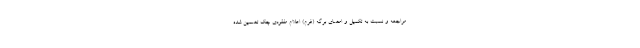
مراجعه و نسبت به تکمیل و امضای برگه (فرم) اعلام مفقودی چک تضمین شده